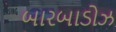
બારબાડોઝ